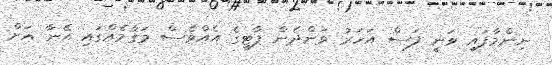
ނިންމާފައި ވަނީ ފަސް އަހަރު ވަންދެން ޕާޓީގެ އެއްވެސް މަގާމެއްގައި އޭނާ އަށް